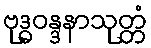
ဗုဒ္ဓဝန္ဒနာသုတ္တံ